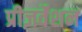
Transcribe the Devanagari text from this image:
प्रीज़र्वेशन